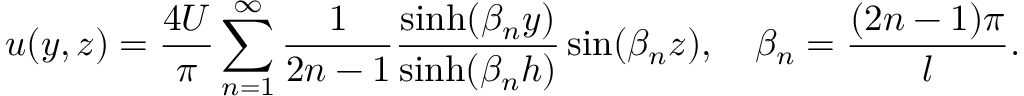
u ( y , z ) = { \frac { 4 U } { \pi } } \sum _ { n = 1 } ^ { \infty } { \frac { 1 } { 2 n - 1 } } { \frac { \sinh ( \beta _ { n } y ) } { \sinh ( \beta _ { n } h ) } } \sin ( \beta _ { n } z ) , \quad \beta _ { n } = { \frac { ( 2 n - 1 ) \pi } { l } } .